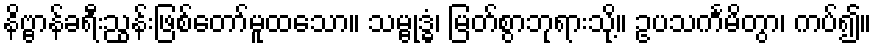
နိဗ္ဗာန်ခရီးညွန်းဖြစ်တော်မူထသော။ သမ္ဗုဒ္ဓံ၊ မြတ်စွာဘုရားသို့။ ဥပသင်္ကမိတွာ၊ ကပ်၍။